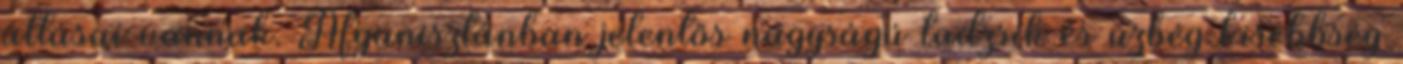
állásai vannak. Afganisztánban jelentős nagyságú tadzsik és üzbég kisebbség